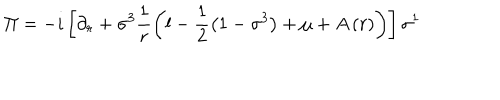
\Pi = - i \left[ \partial _ { r } + \sigma ^ { 3 } \frac { 1 } { r } \left( l - \frac { 1 } { 2 } \left( 1 - \sigma ^ { 3 } \right) + \mu + A \left( r \right) \right) \right] \sigma ^ { 1 }